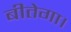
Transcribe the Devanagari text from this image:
बीतेगा।